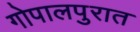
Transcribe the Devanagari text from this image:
गोपालपुरात